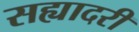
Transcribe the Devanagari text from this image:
सह्यादरी